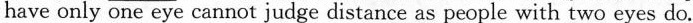
have only one eye cannot judge distance as people with two eyes do.